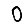
Digit: 0